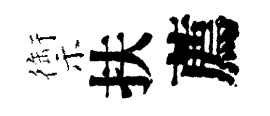
禦扶薦